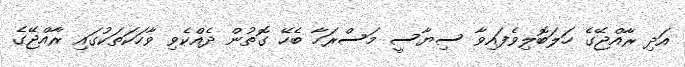
އަދި ރާއްޖޭގެ ހަލަބޮލިވެފައިވާ ސިޔާސީ މަސްރަހާ ބެހޭ ގޮތުން ދެއްކެވި ވާހަކަތަކުގައި ރާއްޖޭގެ